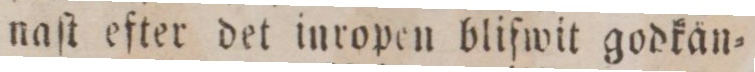
naſt efter det inropen blifwit godkän=